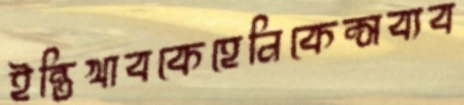
ইন্তিখাবকেহেনিকেন্সব্যব